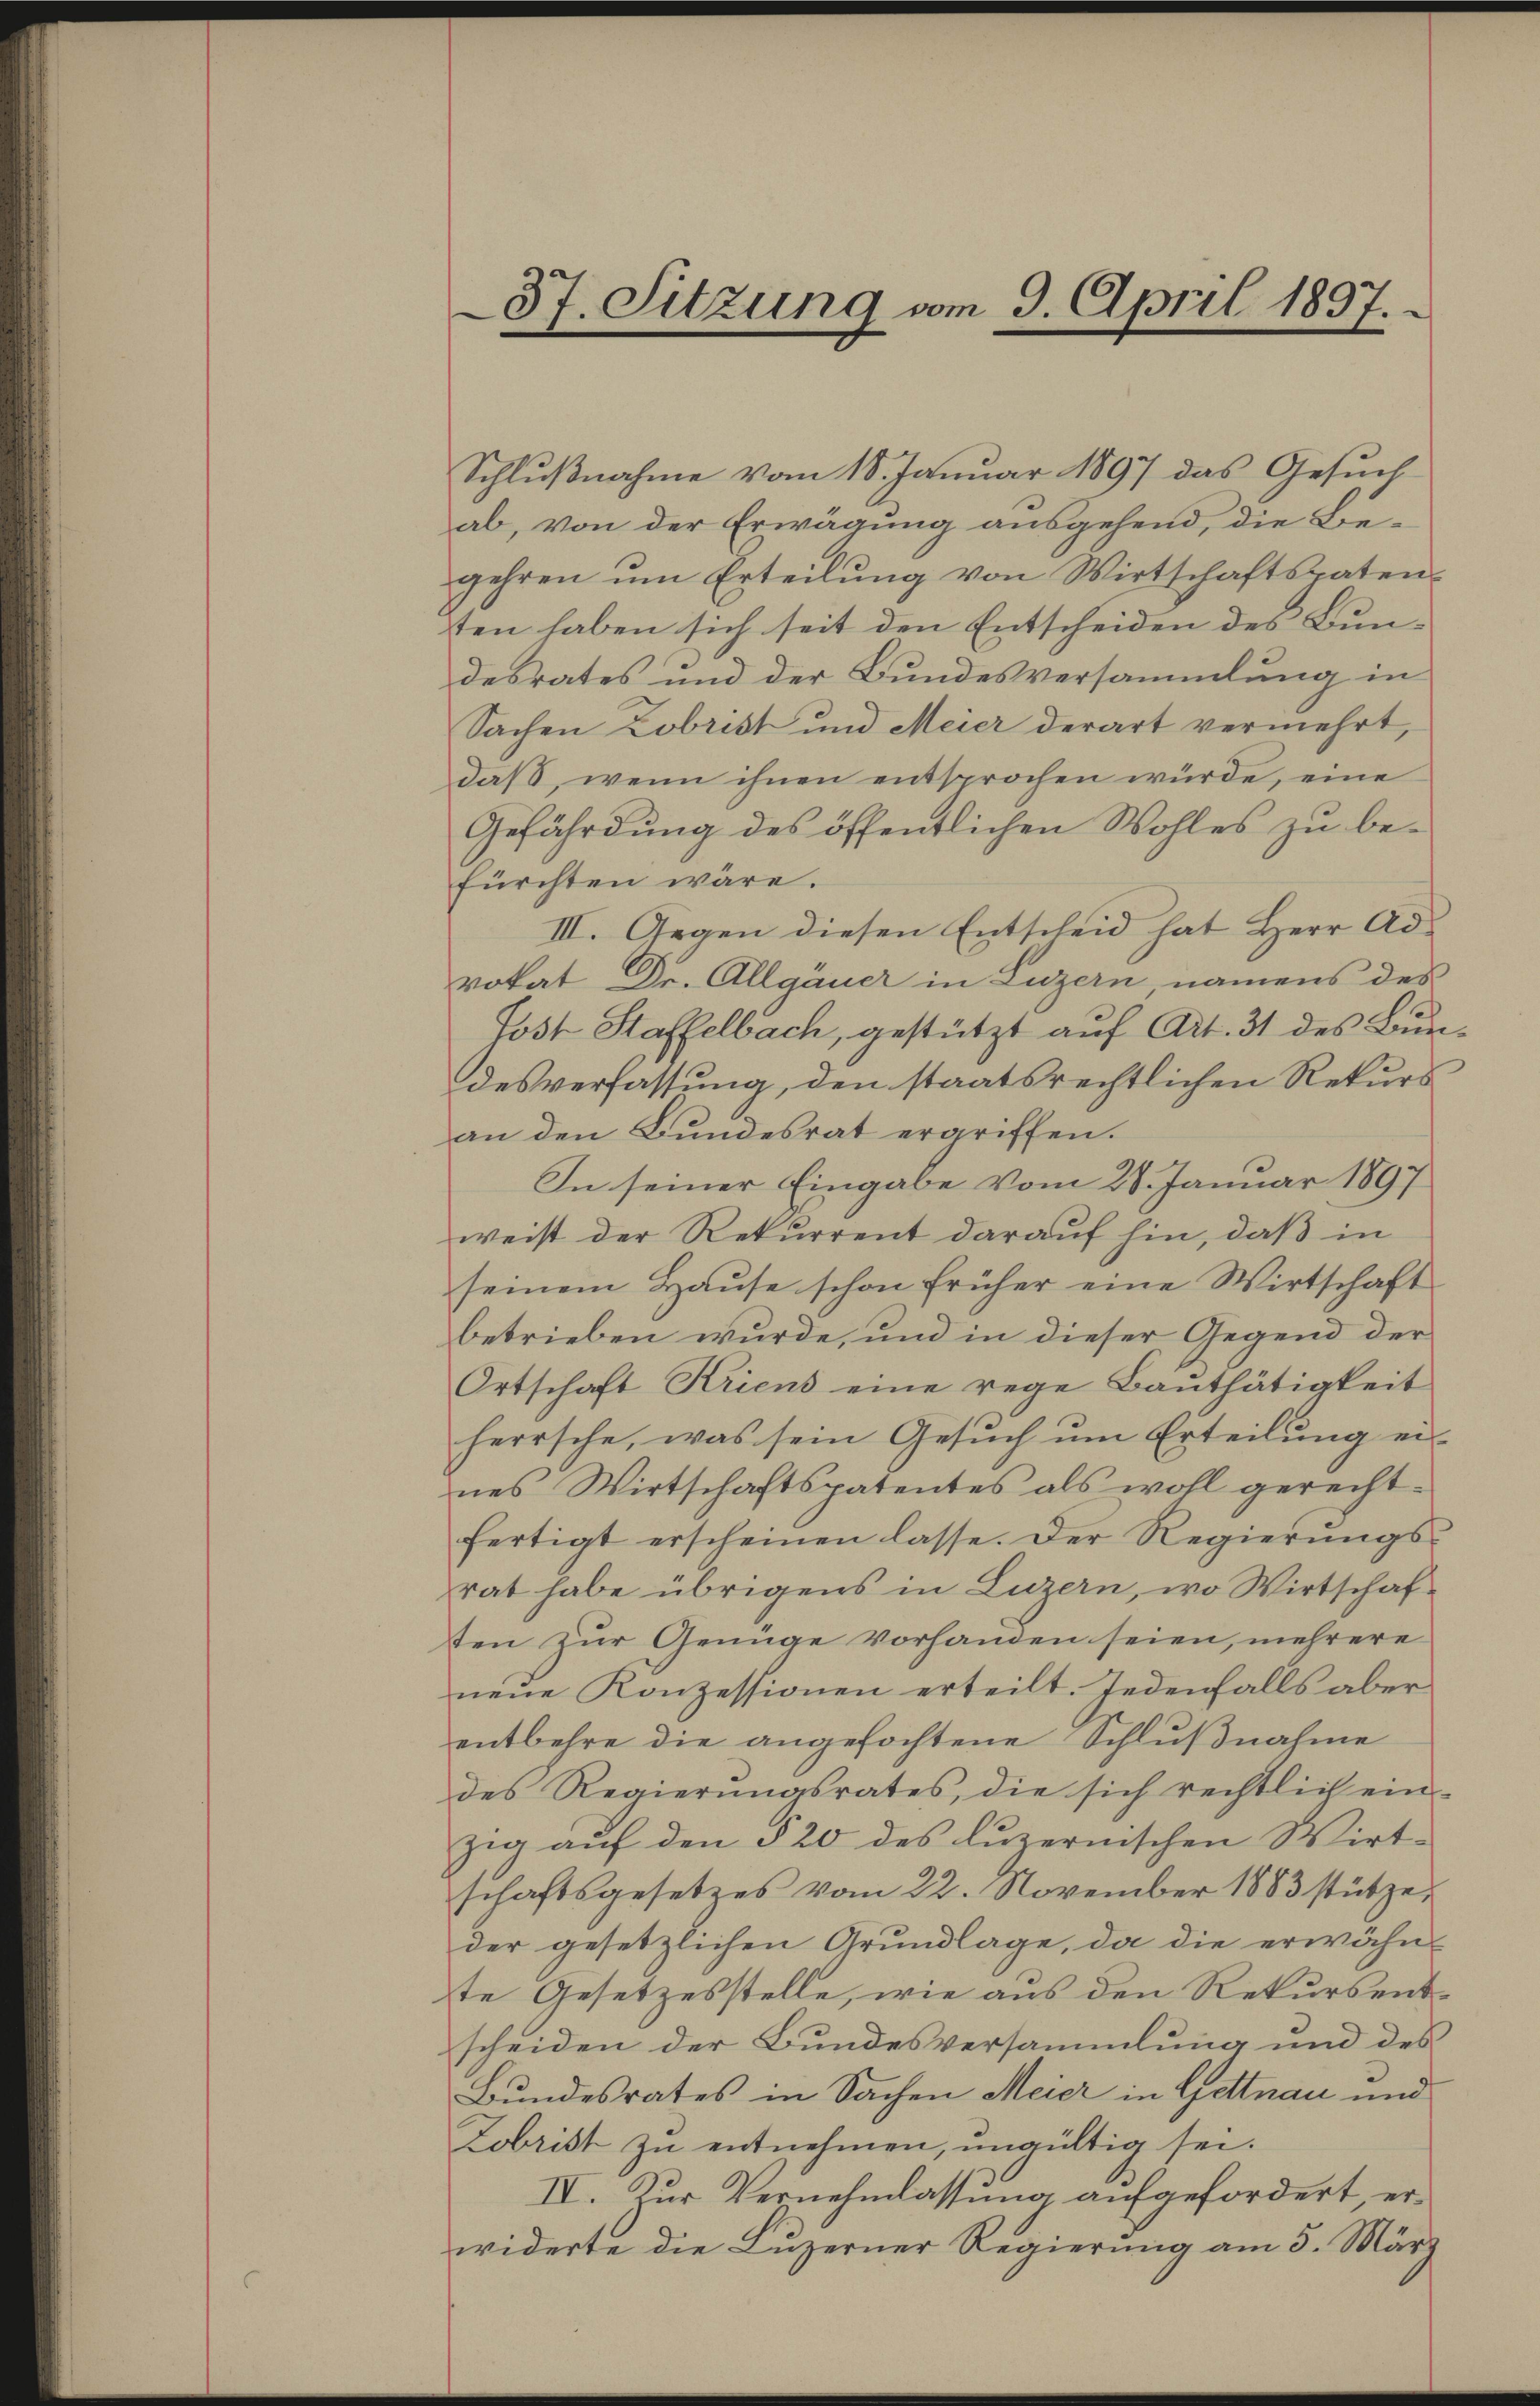
37. Sitzung vom 9. April 1897.

Schlŭβnahme vom 18. Januar 1897 das Gesuch
ab, von der Erwägung ausgehend, die Begehren um Erteilung von Wirtschaftspatensten haben sich seit den Entscheiden des Bundesrates und der Bundesversammlung in
Sachen Zobrist und Meier derart vermehrt,
daß, wenn ihnen entsprochen würde, eine
Gefährdung des öffentlichen Wohles zu befürchten wäre.
III. Gegen diesen Entscheid hat Herr Advokat Dr. Allgäuer in Luzern, namens des
Fost Staffelbach, gestützt auf Art. 31 des Burdesverfassung, den staatsrechtlichen Rekurs
an den Bundesrat ergriffen.
In seiner Eingabe vom 28. Januar 1897
weist der Rekurrent darauf hin, daß in
seinem Haŭse schon früher eine Wirtschaft
betrieben wurde, und in dieser Gegend der
Ortschaft Kriens eine rege Bauthätigkeit
herrsche, was sein Gesŭch ŭm Erteilŭng er-
nes Wirtschaftspatentes als wohl gerecht-
fertigt erscheinen lasse. Der Regierungsrat habe übrigens in Luzern, wo Wirtschafsten zur Genüge vorhanden seien, mehrere
neue Konzessionen erteilt. Jedenfalls aber
entbehre die angefochtene Schlußnahme
des Regierungsrates, die sich rechtlich ein-
zig auf den § 20 des luzernischen Wirt-
schaftsgesetzes vom 22. November 1883 stützeder gesetzlichen Grundlage, da die erwähn-
te Gesetzesstelle, wie aus den Rekursentscheiden der Bundesversammlung und des
Bundesrates in Sachen Meier in Gettnau und
Zobrist zu entnehmen, ungültig sei.
IV. Zur Vernehmlassung aufgefordert, erwiderte die Luzerner Regierung am 5. März